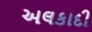
અલકાદી